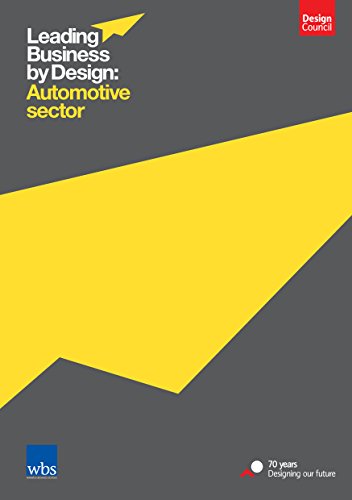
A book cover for Leading Business by Design: Automotive Industry; Design Council; Business & Money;